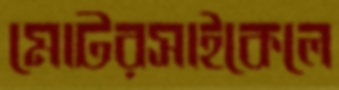
মোটরসাইকেলে